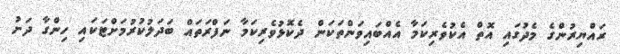
ރައްޔިރުންގެ މެދުގައި އޮތް އެކުވެރިކަމާ އެއްބައިވަންތަކަން ދެކޮޅުވެރިކަމާ ނަފްރަތައް ބަދަލުކުރުމަށްޓަކައި ހިންގާ ދަށު